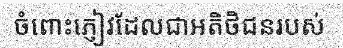
ចំពោះភ្ញៀវដែលជាអតិថិជនរបស់